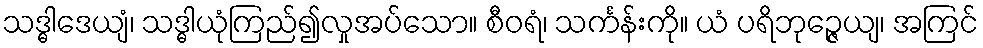
သဒ္ဓါဒေယျံ၊ သဒ္ဓါယုံကြည်၍လှုအပ်သော။ စီဝရံ၊ သင်္ကန်းကို။ ယံ ပရိဘုဉ္ဇေယျ၊ အကြင်